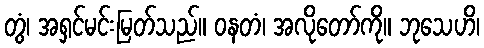
တွံ၊ အရှင်မင်းမြတ်သည်။ ဝနတံ၊ အလိုတော်ကို။ ဘုသေဟိ၊